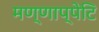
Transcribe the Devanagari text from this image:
मण्णाप्पेटि